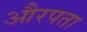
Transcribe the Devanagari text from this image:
औरपता